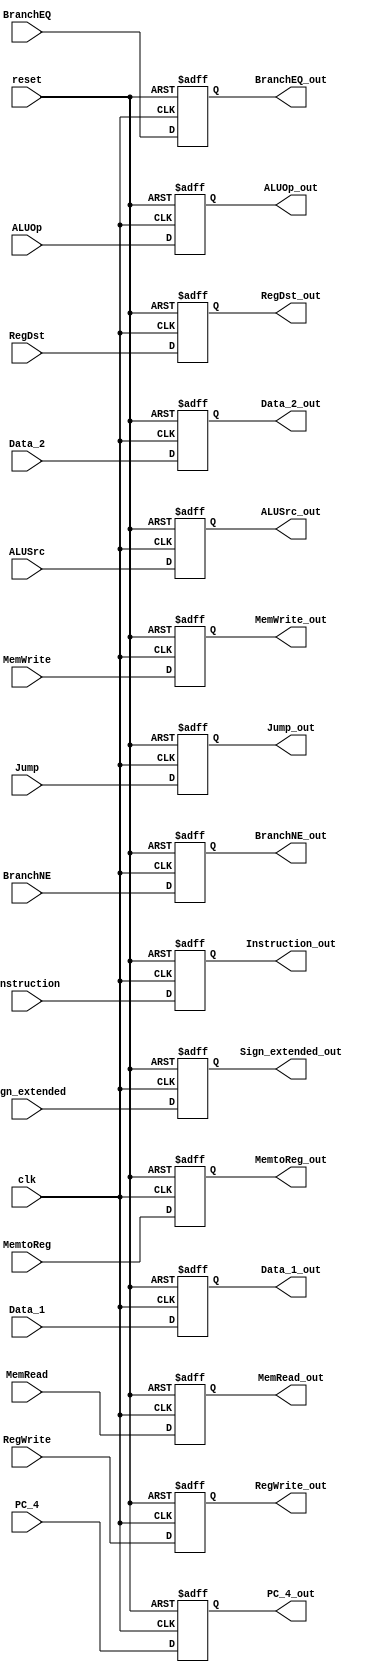
/******************************************************************
* Description
*	This is a register that corresponds to the ID/EX. 
*	This register does not have an enable signal.
* Version:
*	1.0
* Author:
*	Alexis Muoz
* email:
*	is713743@iteso.mx
* Date:
*	19/04/2020
******************************************************************/

module Register_ID_EX
#(
	parameter N=32
)
(
	input clk,
	input reset,
	input	[N-1:0] PC_4,
	input [N-1:0] Data_1,
	input [N-1:0] Data_2,
	input [N-1:0] Sign_extended,
	//Control
	input Jump,
	input RegDst,
	input BranchEQ,
	input BranchNE,
	input MemRead,
	input MemtoReg,
	input MemWrite,
	input ALUSrc,
	input RegWrite,
	input [2:0]ALUOp,
	
	input  [N-1:0] Instruction,
	
	
	output reg [N-1:0] PC_4_out,
	output reg [N-1:0] Data_1_out,
	output reg [N-1:0] Data_2_out,
	output reg [N-1:0] Sign_extended_out,
	//Control
	output reg Jump_out,
	output reg RegDst_out,
	output reg BranchEQ_out,
	output reg BranchNE_out,
	output reg MemRead_out,
	output reg MemtoReg_out,
	output reg MemWrite_out,
	output reg ALUSrc_out,
	output reg RegWrite_out,
	output reg [2:0]ALUOp_out,
	
	output reg [N-1:0] Instruction_out
);

always@(negedge reset or negedge clk) begin
	if(reset==0)
		begin
			PC_4_out <= 0;
			Data_1_out <= 0;
			Data_2_out <= 0;
			Sign_extended_out <= 0;
			//Control
			Jump_out <= 0;
			RegDst_out <= 0;
			BranchEQ_out <= 0;
			BranchNE_out <= 0;
			MemRead_out <= 0;
			MemtoReg_out <= 0;
			MemWrite_out <= 0;
			ALUSrc_out <= 0;
			RegWrite_out <= 0;
			ALUOp_out <= 0;
			
			Instruction_out <= 0;
		end
	else	
		begin
			PC_4_out <= PC_4;
			Data_1_out <= Data_1;
			Data_2_out <= Data_2;
			Sign_extended_out <= Sign_extended;
			//Control
			Jump_out <= Jump;
			RegDst_out <= RegDst;
			BranchEQ_out <= BranchEQ;
			BranchNE_out <= BranchNE;
			MemRead_out <= MemRead;
			MemtoReg_out <= MemtoReg;
			MemWrite_out <= MemWrite;
			ALUSrc_out <= ALUSrc;
			RegWrite_out <= RegWrite;
			ALUOp_out <= ALUOp;
			
			Instruction_out <= Instruction;
		end
end

endmodule
//pcreg//